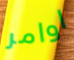
اوامر